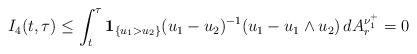
\begin{align*}I_{4}(t, \tau)\le \int_{t}^{\tau}\mathbf{1}_{\{u_{1}>u_{2}\}}(u_{1}-u_{2})^{-1}(u_{1}-u_{1}\wedge u_{2})\,dA_{r}^{\nu_{1}^{+}}=0\end{align*}